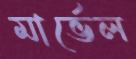
মার্ভেল